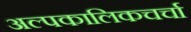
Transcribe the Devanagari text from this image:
अल्पकालिकचर्चा